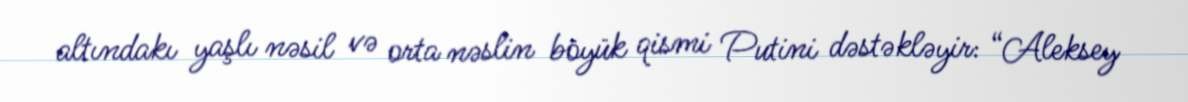
altındakı yaşlı nəsil və orta nəslin böyük qismi Putini dəstəkləyir: “Aleksey